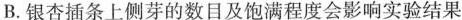
B.银杏插条上侧芽的数目及饱满程度会影响实验结果